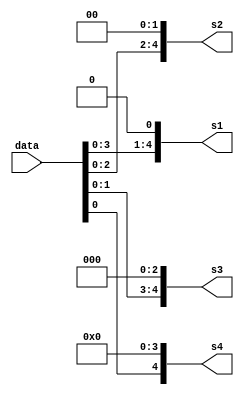
`timescale 1ns / 1ps
//////////////////////////////////////////////////////////////////////////////////
// Company: 
// Engineer: 
// 
// Design Name: 
// Module Name: Binary_Shifter
// Project Name: 
// Target Devices: 
// Tool Versions: 
// Description: 
// 
// Dependencies: 
// 
// Revision:
// Revision 0.01 - File Created
// Additional Comments:
// 
//////////////////////////////////////////////////////////////////////////////////


module Binary_Shifter(s1, s2, s3, s4, data );
input [4:0] data;

output  [4:0] s1, s2, s3, s4;

// logic === lift shifter

   assign s1 = data << 1;
   assign s2 = data << 2;
   assign s3 = data << 3;
   assign s4 = data << 4;
   


endmodule